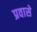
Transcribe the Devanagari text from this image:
प्रवासे